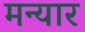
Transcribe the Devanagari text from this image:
मन्यार